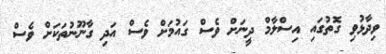
ވިދާޅުވި ގޮތުގައި އިސްލާމް ދީނަށް ވެސް ގައުމަށް ވެސް އަދި ގާނޫނުތަކަށް ވެސް